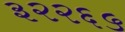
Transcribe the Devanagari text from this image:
३२२६५